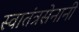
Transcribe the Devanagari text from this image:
स्वातंत्रसेनानी